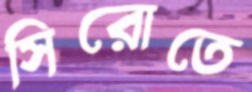
সিরোতে